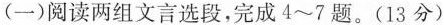
(一)阅读两组文言选段，完成4~7题。(13分)